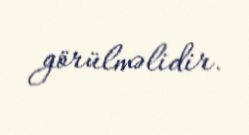
görülməlidir.